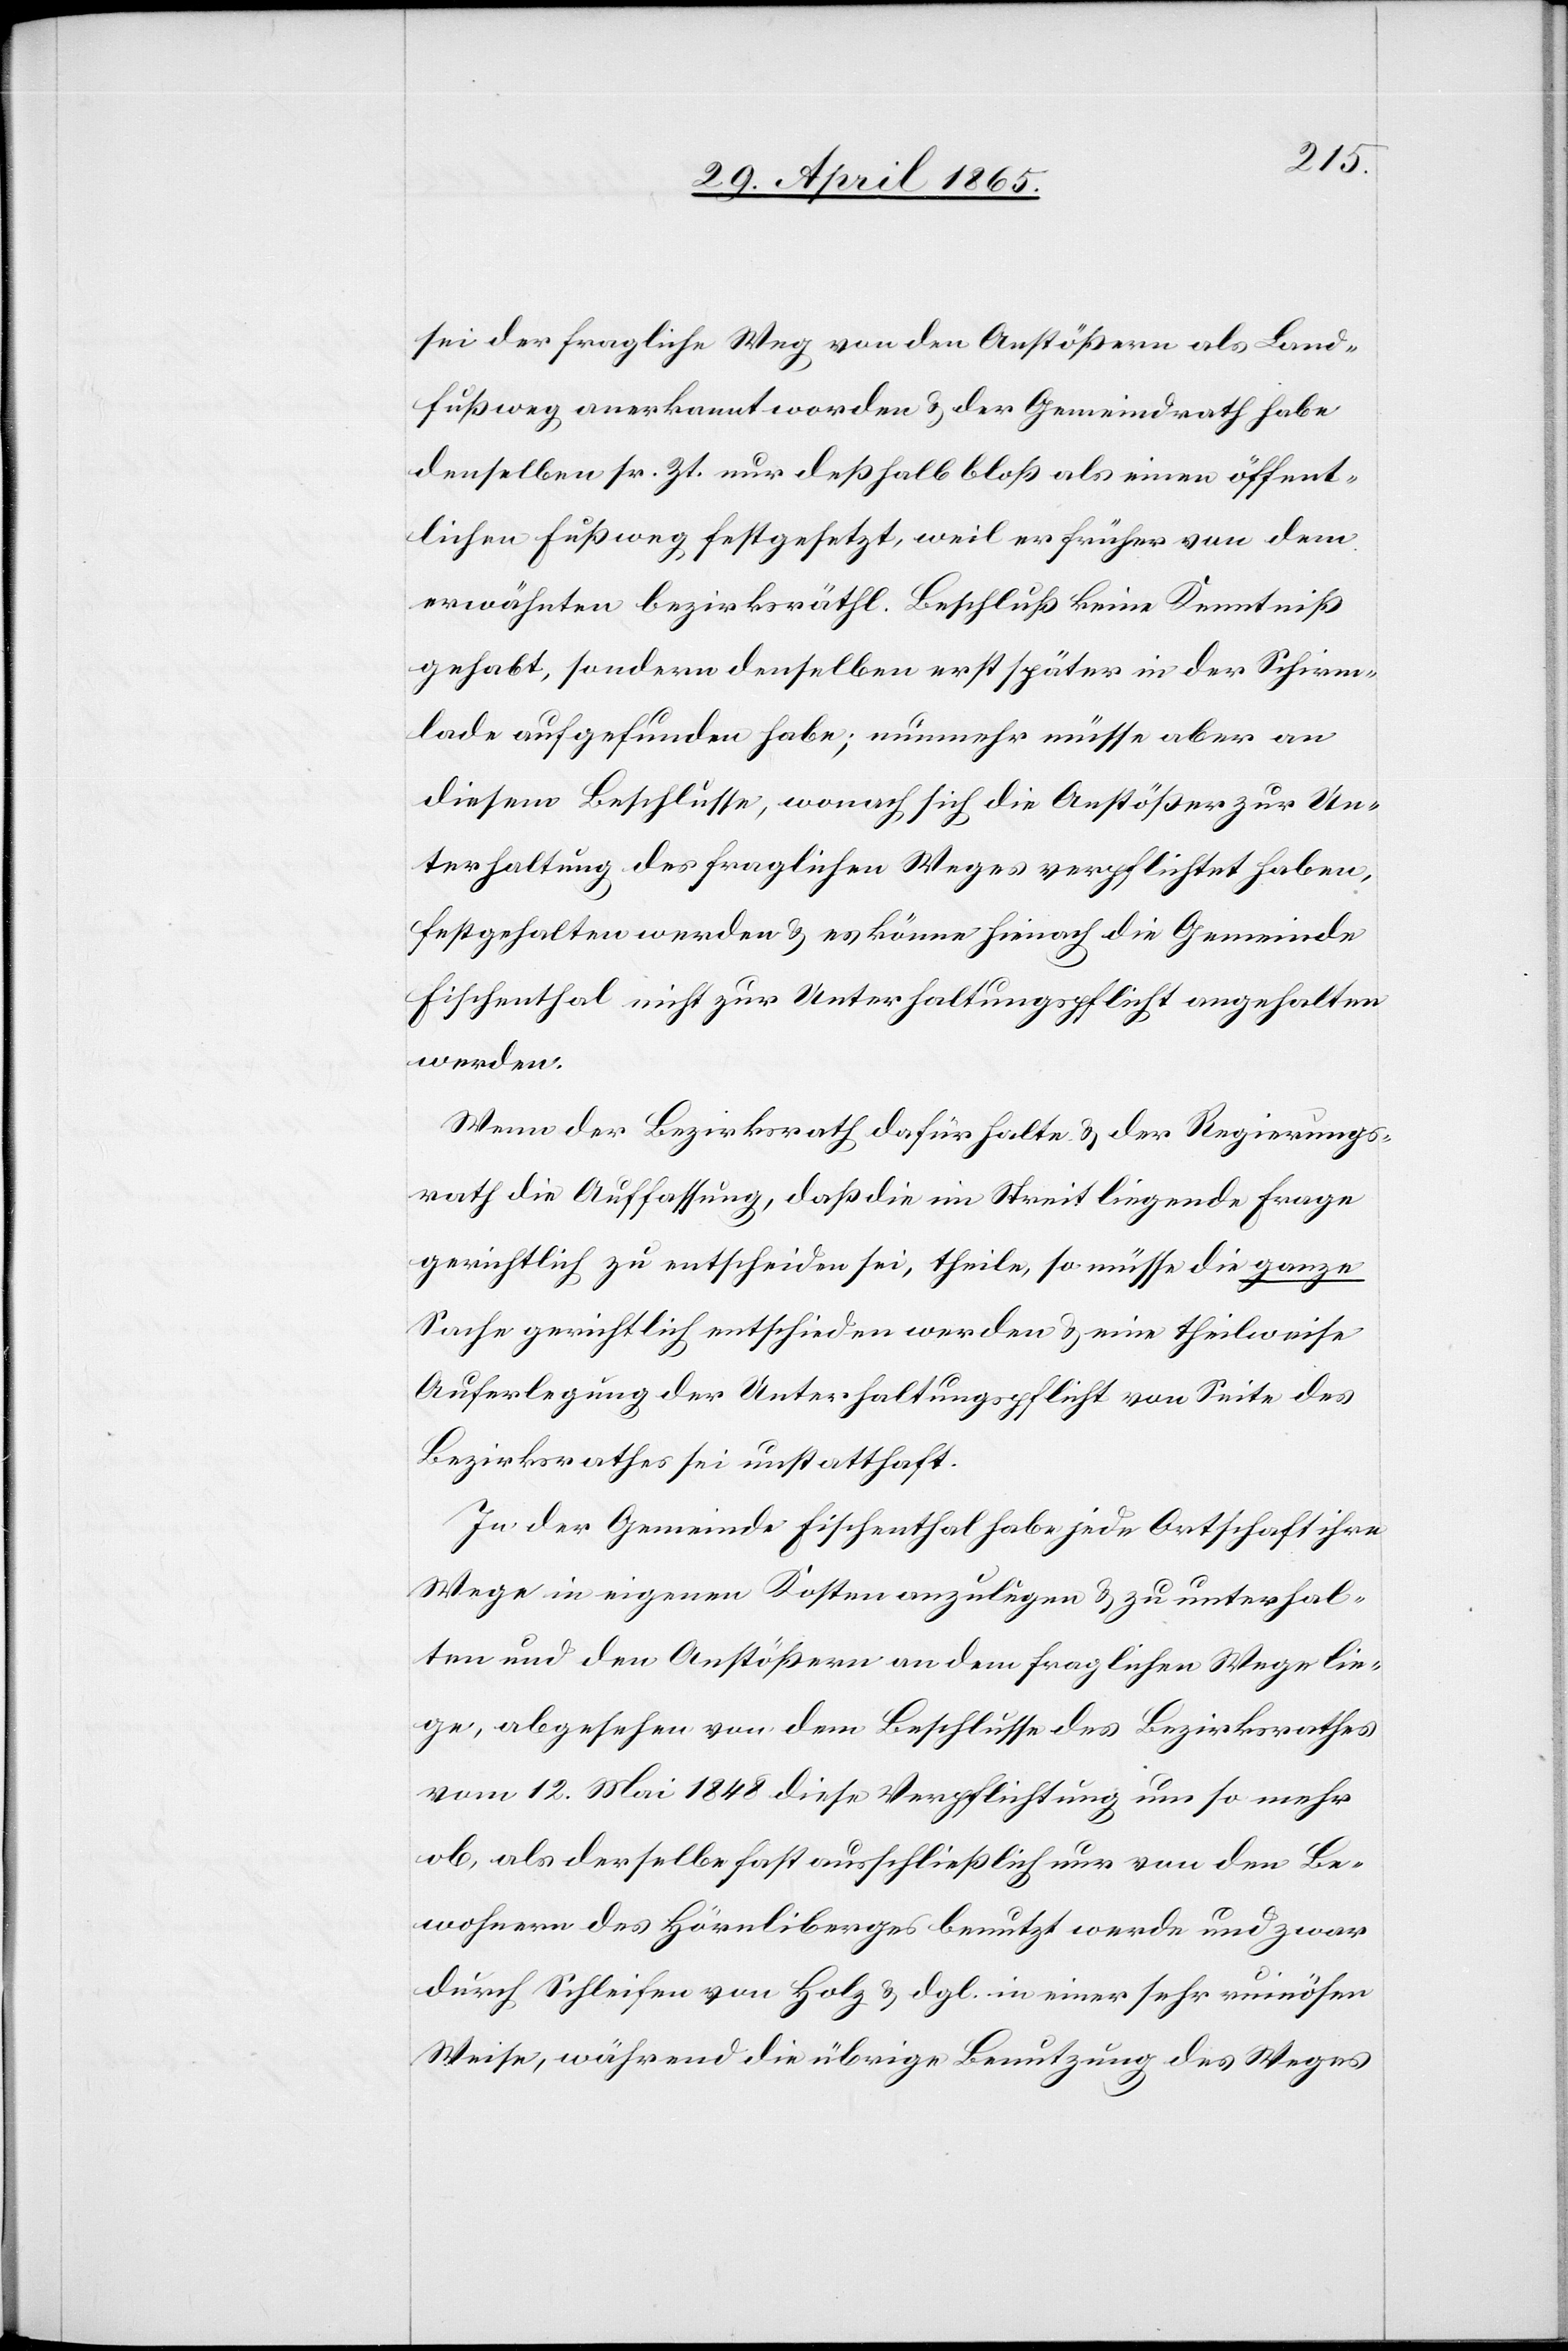
sei der fragliche Weg von den Anstößern als Land¬
fußweg anerkannt worden & der Gemeindrath habe
denselben sr. Zt. nur deßhalb bloß als einen öffent¬
lichen Fußweg festgesetzt, weil er früher von dem
erwähnten bezirksräthl. Beschluß keine Kenntniß
gehabt, sondern denselben erst später in der Schirm¬
lade aufgefunden habe; nunmehr müsse aber an
diesem Beschlusse, wonach sich die Anstößer zur Un¬
terhaltung des fraglichen Weges verpflichtet haben,
festgehalten werden & es könne hienach die Gemeinde
Fischenthal nicht zur Unterhaltungspflicht angehalten
werden.
Wenn der Bezirksrath dafür halte & der Regierungs¬
rath die Auffassung, daß die im Streit liegende Frage
gerichtlich zu entscheiden sei, theile, so müsse die ganze
Sache gerichtlich entschieden werden & eine theilweise
Auferlegung der Unterhaltungspflicht von Seite des
Bezirksrathes sei unstatthaft.
In der Gemeinde Fischenthal habe jede Ortschaft ihre
Wege in eigenen Kosten anzulegen & zu unterhal¬
ten und den Anstößern an dem fraglichen Wege lie¬
ge, abgesehen von dem Beschlusse des Bezirksrathes
vom 12. Mai 1848 diese Verpflichtung um so mehr
ob, als derselbe fast ausschließlich nur von den Be¬
wohnern des Hörnliberges benutzt werde und zwar
durch Schleifen von Holz & dgl. in einer sehr ruinösen
Weise, während die übrige Benutzung des Weges